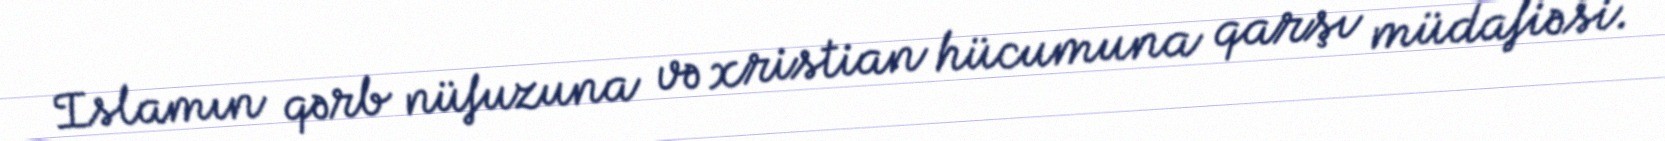
Islamın qərb nüfuzuna və xristian hücumuna qarşı müdafiəsi.